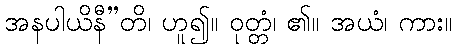
အနပါယိနီ”တိ၊ ဟူ၍။ ဝုတ္တံ၊ ၏။ အယံ၊ ကား။